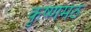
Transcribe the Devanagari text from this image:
कृष्णमठ